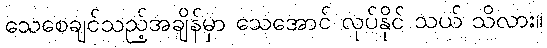
သေစေချင်သည့်အချိန်မှာ သေအောင် လုပ်နိုင် သယ် သိလား။